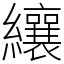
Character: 纕